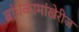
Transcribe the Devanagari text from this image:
बांधकामांखेरीज